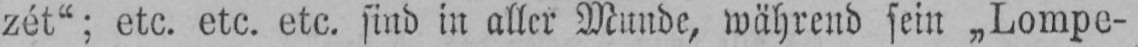
zét“; etc. etc. etc. sind in aller Munde, während sein „Lompe-